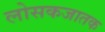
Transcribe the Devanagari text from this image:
लोसकजातक